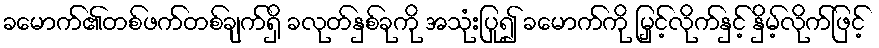
ခမောက်၏တစ်ဖက်တစ်ချက်ရှိ ခလုတ်နှစ်ခုကို အသုံးပြု၍ ခမောက်ကို မြှင့်လိုက်နှင့် နှိမ့်လိုက်ဖြင့်